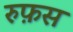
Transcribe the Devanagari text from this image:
रुफ़स